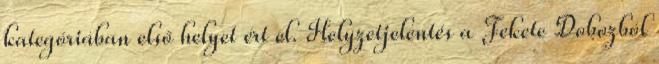
kategóriában első helyet ért el. Helyzetjelentés a Fekete Dobozból